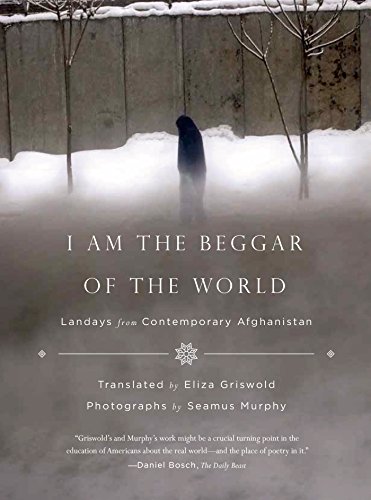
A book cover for I Am the Beggar of the World: Landays from Contemporary Afghanistan; Travel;